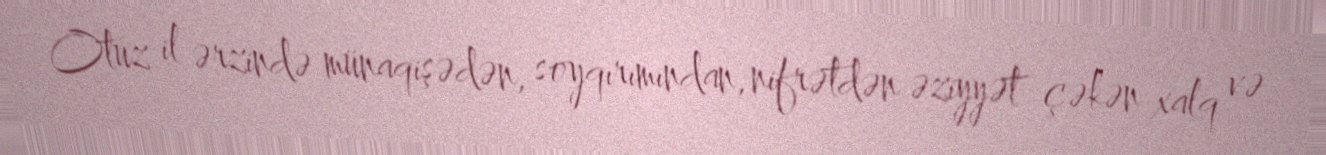
Otuz il ərzində münaqişədən, soyqırımından, nifrətdən əziyyət çəkən xalq və